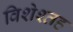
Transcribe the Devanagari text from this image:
विशेश्तह